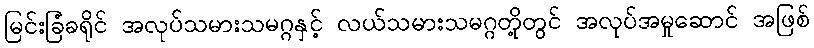
မြင်းခြံခရိုင် အလုပ်သမားသမဂ္ဂနှင့် လယ်သမားသမဂ္ဂတို့တွင် အလုပ်အမှုဆောင် အဖြစ်